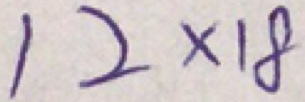
1 2 \times 1 8